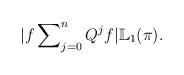
LaTeX: \begin{align*}|f\sum\nolimits_{j=0}^{n}Q^{j}f|\mathbb{L}_{1}(\pi).\end{align*}